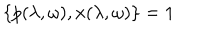
\{ p ( \lambda , \omega ) , x ( \lambda , \omega ) \} = 1